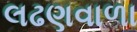
લઢણવાળા